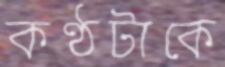
কণ্ঠটাকে